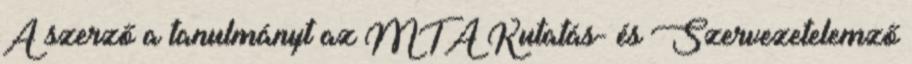
A szerző a tanulmányt az MTA Kutatás- és Szervezetelemző